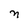
Character: n